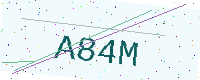
Text: A84M